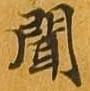
聞